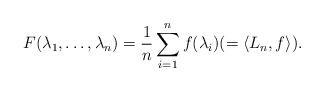
LaTeX: \begin{align*}F(\lambda_1, \dots, \lambda_n) = \frac{1}{n} \sum_{i = 1}^n f(\lambda_i) (= \langle L_n, f\rangle).\end{align*}